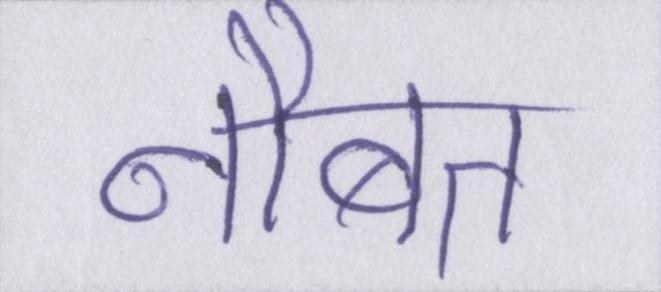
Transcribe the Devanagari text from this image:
नौबत